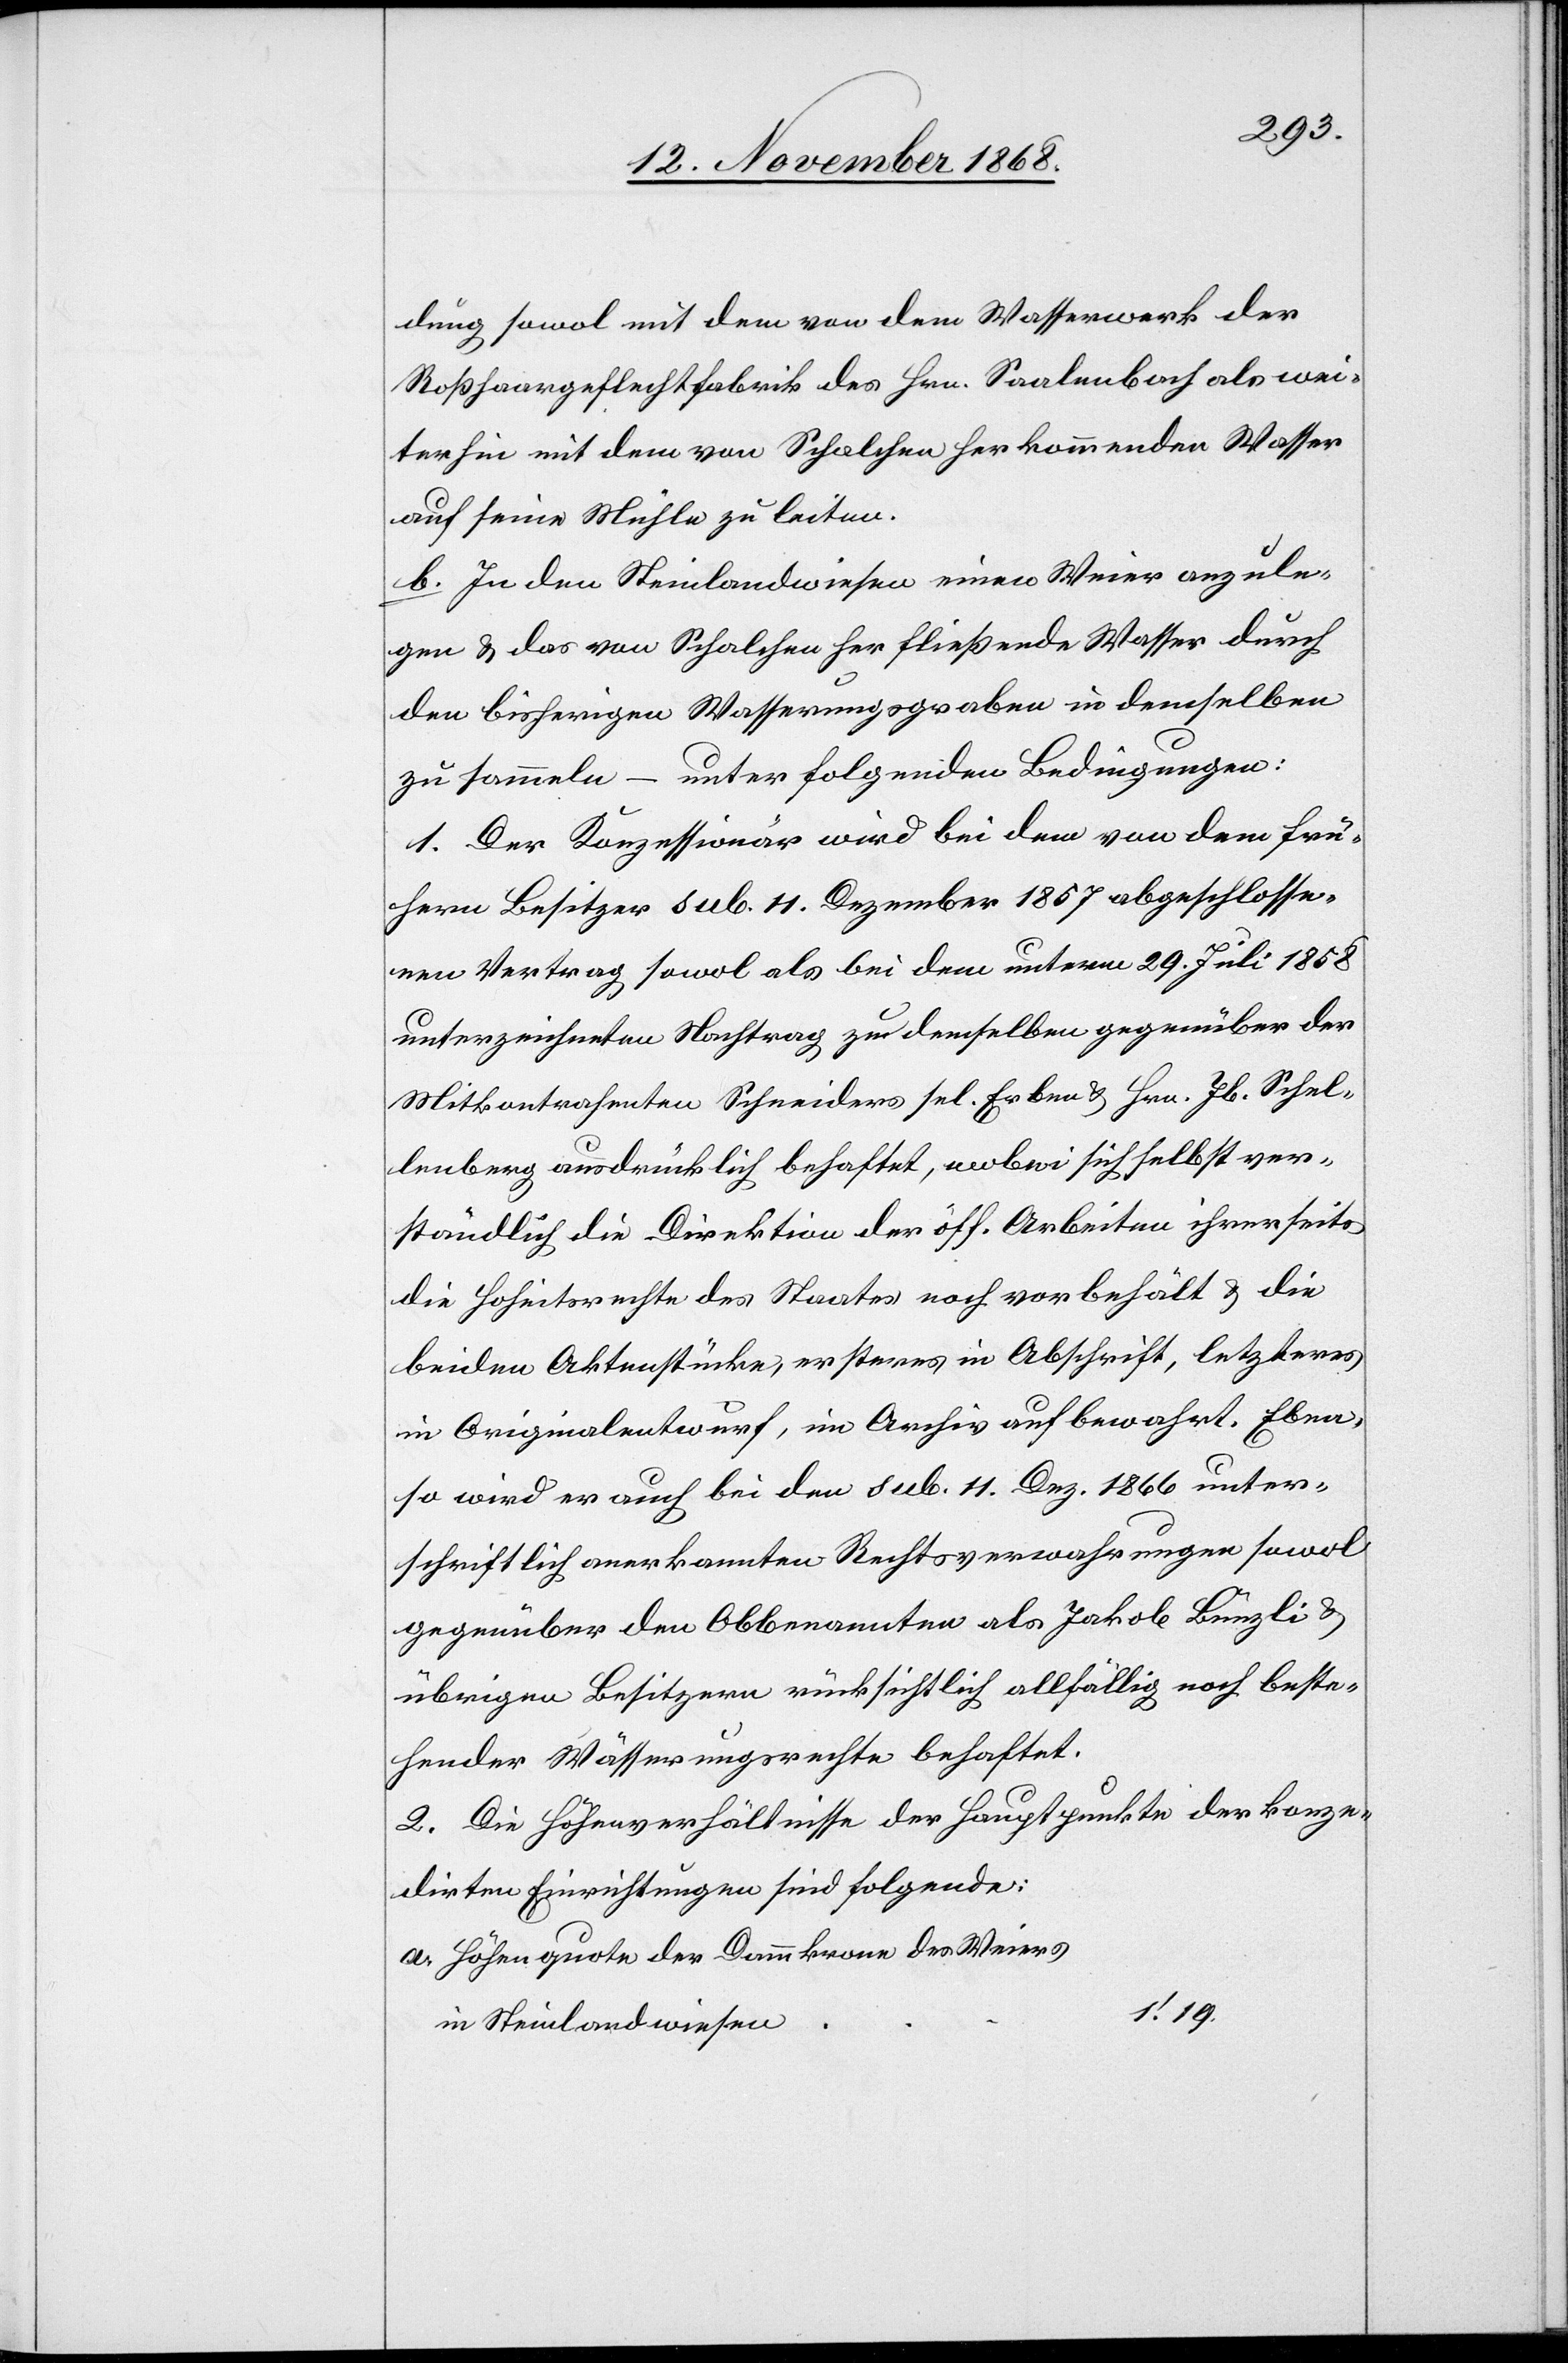
dung sowol mit dem von dem Wasserwerk der
Roßhaargeflechtfabrik des Hrn. Saalenbach als wei¬
terhin mit dem von Schalchen herkommenden Wasser
auf seine Mühle zu leiten.
b. In den Steinlandwiesen einen Weier anzule¬
gen & das von Schalchen her fließende Wasser durch
den bisherigen Wasserungsgraben in demselben
zu sammeln – unter folgenden Bedingungen:
1. Der Konzessionär wird bei dem von dem frü¬
hern Besitzer sub. 11. Dezember 1857 abgeschlosse¬
nen Vertrag sowol als bei dem unterm 29. Juli 1858
unterzeichneten Nachtrag zu demselben gegenüber der
Mitkontrahenten Schneiders sel. Erben & Hrn. Jb. Schel¬
lenberg ausdrücklich behaftet, wobei sich selbstver¬
ständlich die Direktion der öff. Arbeiten ihrerseits
die Hoheitsrechte des Staates noch vorbehält & die
beiden Aktenstücke, ersteres in Abschrift, letzteres
in Originalentwurf, im Archiv aufbewahrt. Eben¬
so wird er auch bei den sub. 11. Dez. 1866 unter¬
schriftlich anerkannten Rechtsverwahrungen sowol
gegenüber den Obbenannten als Jakob Bünzli &
übrigen Besitzern rücksichtlich allfällig noch beste¬
hender Wässerungsrechte behaftet.
2. Die Höhenverhältnisse der Hauptpunkte der konze¬
dirten Einrichtungen sind folgende:
Höhenquote der Dammkrone des Weiers
1‘.19.
in Steinlandwiesen